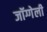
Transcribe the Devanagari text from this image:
जॉग्गेली